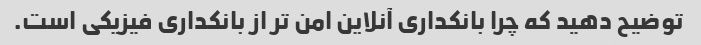
توضیح دهید که چرا بانکداری آنلاین امن تر از بانکداری فیزیکی است.